Enquiry on enteric fever in India - Number 32
Disease focus: Fever
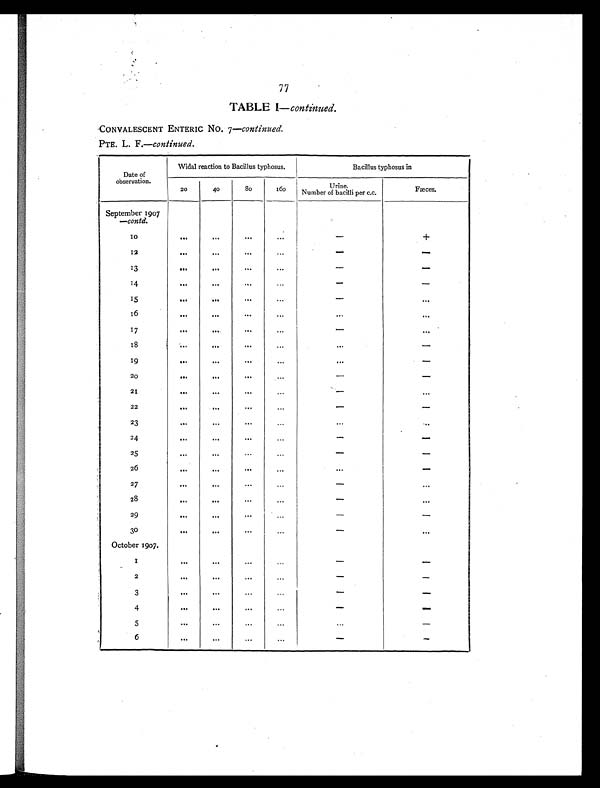
77
TABLE I—continued.
CONVALESCENT ENTERIC No. 7 —continued.
PTE. L. F.—continued.
Date of
observation.
Widal reaction to Bacillus typhosus.
Bacillus typhosus in
20
40
80
160
Urine.
Number of bacilli per c.c.
Fæces.
September 1907
—contd.
10
. . .
. . .
. . .
...
-
+
12
. . .
. . .
. . .
. . .
-
-
13
. . .
. . .
. . .
. . .
-
-
14
. . .
. . .
. . .
. . .
-
-
15
. . .
. . .
. . .
. . .
-
. . .
16
. . .
. . .
. . .
. . .
. . .
. . .
17
. . .
. . .
. . .
...
-
. . .
18
. . .
. . .
. . .
. . .
. . .
-
19
. . .
. . .
. . .
...
. . .
-
20
. . .
. . .
. . .
...
-
-
21
. . .
. . .
. . .
. . .
-
. . .
22
. . .
. . .
. . .
. . .
-
-
23
. . .
. . .
...
. . .
...
...
24
. . .
...
. . .
. . .
-
-
25
. . .
. . .
. . .
. . .
-
-
26
. . .
. . .
. . .
. . .
. . .
-
27
. . .
. . .
. . .
. . .
-
. . .
28
. . .
. . .
. . .
. . .
-
. . .
29
. . .
. . .
. . .
. . .
-
-
3 0
...
. . .
...
. . .
-
. . .
October 1907.
1
. . .
. . .
...
. . .
-
-
2
. . .
. . .
...
. . .
-
-
3
. . .
. . .
. . .
...
-
-
4
. . .
. . .
. . .
. . .
-
-
5
. . .
. . .
. . .
. . .
. . .
-
6
... ...
. . .
. . .
-
-